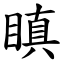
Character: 瞋